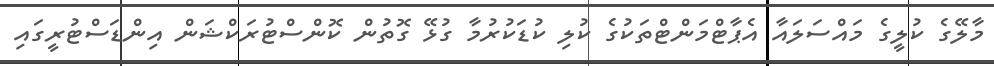
މާލޭގެ ކުލީގެ މައްސަލައާ އެޕާޓްމަންޓްތަކުގެ ކުލި ކުޑަކުރުމާ ގުޅޭ ގޮތުން ކޮންސްޓުރަކްޝަން އިންޑަސްޓުރީގައި